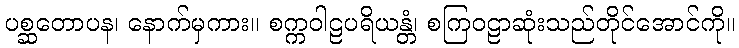
ပစ္ဆတောပန၊ နောက်မှကား။ စက္ကဝါဠပရိယန္တံ၊ စကြဝဠာဆုံးသည်တိုင်အောင်ကို။